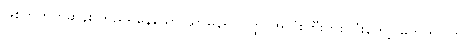
ဖြစ်ကတတ်ဆန်း တည်ရှိနေသော သာမန်ရုပ်ဝတ္ထု အလုံးကြီးတစ်လုံးတော့ မဟုတ်ပါဟု